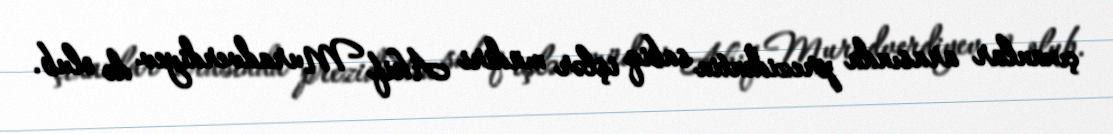
çıxanlar arasında prezidentin sabiq işlər müdiri Akif Muradverdiyev də olub.